Annual administration report of the Civil Veterinary Department of India - 1895-1896
Year: 1895
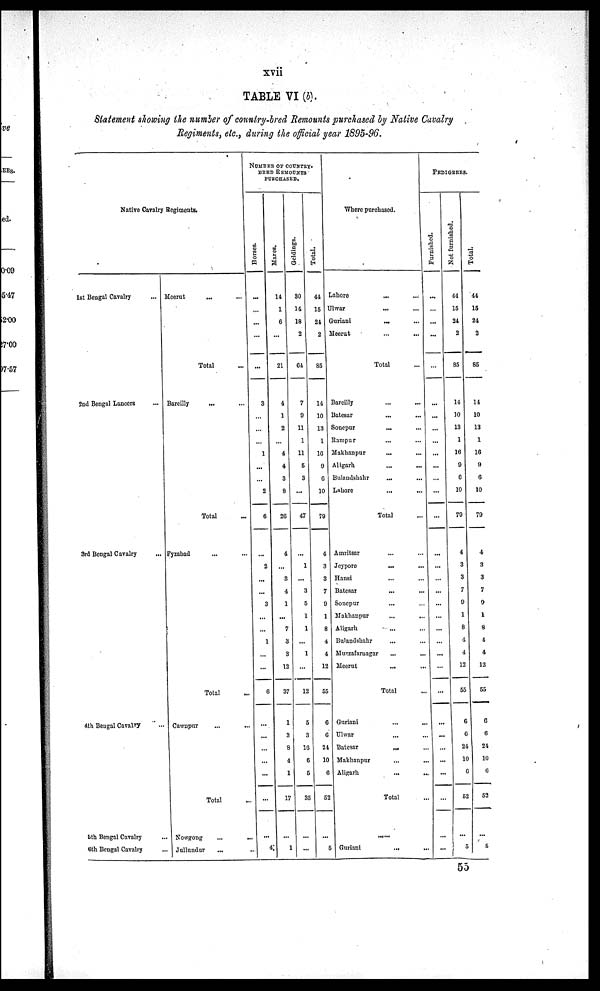
xvii
TABLE VI (b).
Statement showing the number of country-bred Remounts purchased by Native Cavalry
Regiments, etc., during the official year 1895-96.
Native Cavalry Regiments.
1st Bengal Cavalry ...
2nd Bengal Lancers ...
3rd Bengal Cavalry ...
4th Bengal Cavalry ...
5th Bengai Cavalry ...
6th Bengal Cavalry ...
Meerut
... ...
Total...
Bareilly
... ...
Total ...
Fyzabad ... ...
Total ...
Cawnpur ... ...
Total ...
Nowgong
...
...
Jullundur
... ...
NUMBER OF COUNTRY-
BRED REMOUNTS
PURCHASED.
Hor s es .
...
...
...
...
...
3
...
...
...
1
...
...
2
6
...
2
...
...
3
...
...
1
...
...
6
...
...
...
...
...
...
...
4
Mar es .
14
1
6
...
21
4
1
2
...
4
4
3
8
26
4
...
3
4
1
...
7
3
3
12
37
1
3
8
4
1
17
...
1
Geldings.
30
14
18
2
64
7
9
11
1
11
5
3
...
47
...
1
...
3
5
1
1
...
1
...
12
5
3
16
6
5
35
...
...
Total.
44
15
24
2
85
14
10
13
1
16
9
6
10
79
4
3
3
7
9
1
8
4
4
12
55
6
6
21
10
6
52
...
5
Where purchased.
Lahore ... ...
Ulwar
...
...
Guriani
...
...
Meerut
...
...
Total ...
Bareilly ... ...
Batesar
......
Sonepur
......
Rampur
......
Makhanpur
......
Aligarh... ...
Bulandshahr...
Lahore...
...
Total ...
Amritsar ... ...
Jeypore
......
Hansi
...
...
Batesar
...
...
Sonepur
...
...
Makhanpur ... ...
Aligarh
...
...
Bulandshahr ... ...
Muzzafarnagar... ...
Meerut
...
...
Total ...
Guriani
...
...
Ulwar... ...
Batesar... ...
Makhanpur... ...
Aligarh... ...
Total ...
......
Guriani
... ...
PEDIGREES.
Furnished.
...
...
...
...
...
...
...
...
...
...
...
...
...
...
...
...
...
...
...
...
...
...
...
...
...
...
...
...
...
...
...
...
...
Not furnished.
44
15
24
2
85
14
10
13
1
16
9
6
10
79
4
3
3
7
9
1
8
4
4
12
55
6
6
24
10
6
52
...
5
Tot al .
44
15
24
2
85
14
10
13
1
16
9
6
10
79
4
3
3
7
9
1
8
4
4
12
55
6
6
24
10
6
52
...
5
55